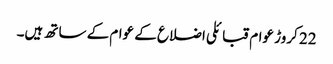
22 کروڑ عوام قبائلی اضلاع کے عوام کے ساتھ ہیں۔